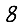
Digit: 8